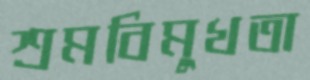
শ্রমবিমুখতা